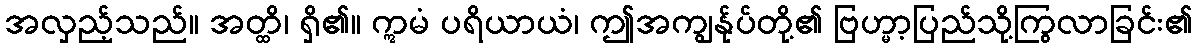
အလှည့်သည်။ အတ္ထိ၊ ရှိ၏။ ဣမံ ပရိယာယံ၊ ဤအကျွန်ုပ်တို့၏ ဗြဟ္မာ့ပြည်သို့ကြွလာခြင်း၏